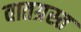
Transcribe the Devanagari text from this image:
वातग्रस्त